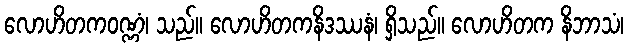
လောဟိတကဝဏ္ဏံ၊ သည်။ လောဟိတကနိဒဿနံ၊ ရှိသည်။ လောဟိတက နိဘာသံ၊